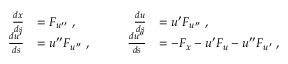
\begin{array} { r l r l } { \frac { d x } { d s } } & { = F _ { u ^ { \prime \prime } } \; , } & { \frac { d u } { d s } } & { = u ^ { \prime } F _ { u ^ { \prime \prime } } \; , } \\ { \frac { d u ^ { \prime } } { d s } } & { = u ^ { \prime \prime } F _ { u ^ { \prime \prime } } \; , \qquad } & { \frac { d u ^ { \prime \prime } } { d s } } & { = - F _ { x } - u ^ { \prime } F _ { u } - u ^ { \prime \prime } F _ { u ^ { \prime } } \; , } \end{array}